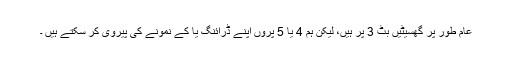
عام طور پر گھسیٹیں بٹ 3 پر ہیں، لیکن ہم 4 یا 5 پروں اپنے ڈرائنگ یا کے نمونے کی پیروی کر سکتے ہیں ۔